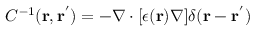
C ^ { - 1 } ( \mathbf { r } , \mathbf { r ^ { ' } } ) = - \nabla \cdot [ \epsilon ( \mathbf { r } ) \nabla ] \delta ( \mathbf { r } - \mathbf { r ^ { ' } } )